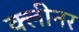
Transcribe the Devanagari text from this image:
क्‍लीनर